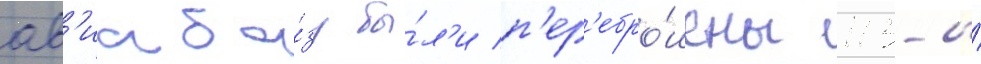
ав'иаба́зу бы́л'и п'ер'ебро́шены 113-и́